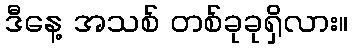
ဒီနေ့ အသစ် တစ်ခုခုရှိလား။